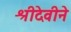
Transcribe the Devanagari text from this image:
श्रीदेवीने